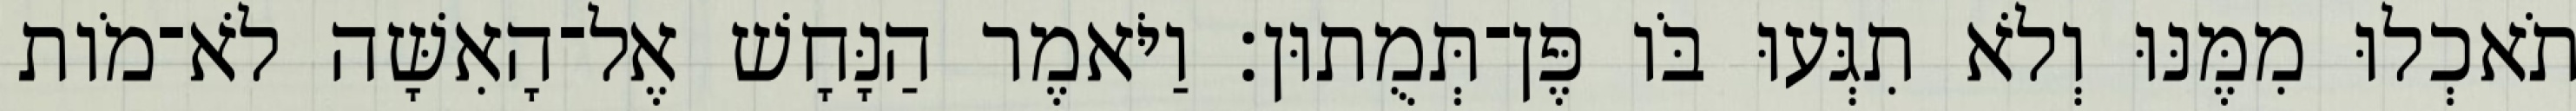
תֹאכְלוּ מִמֶּנּוּ וְלֹא תִגְּעוּ בֹּו פֶּן־תְּמֻתוּן׃ וַיֹּאמֶר הַנָּחָשׁ אֶל־הָאִשָּׁה לֹא־מֹות